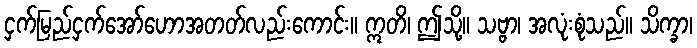
ငှက်မြည်ငှက်အော်ဟောအတတ်လည်းကောင်း။ ဣတိ၊ ဤသို့။ သဗ္ဗာ၊ အလုံးစုံသည်။ သိက္ခာ၊